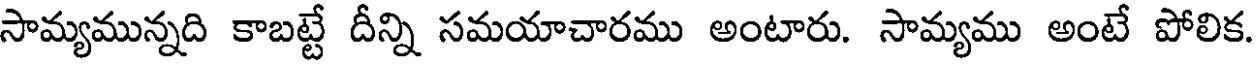
సామ్యమున్నది కాబట్టే దీన్ని సమయాచారము అంటారు. సామ్యము అంటే పోలిక